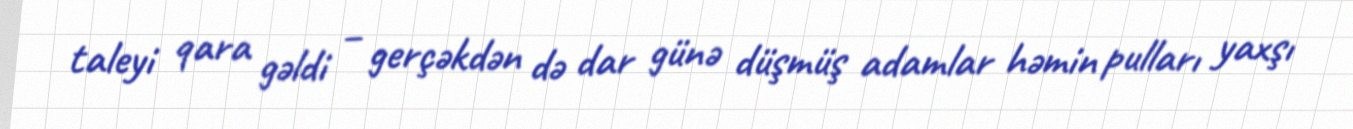
taleyi qara gəldi – gerçəkdən də dar günə düşmüş adamlar həmin pulları yaxşı